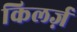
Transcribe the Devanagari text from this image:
किलर्ज़